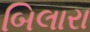
બિલારા